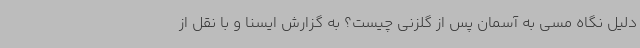
دلیل نگاه مسی به آسمان پس از گلزنی چیست؟ به گزارش ایسنا و با نقل از